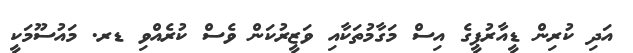
އަދި ކުރިން ޑީއާރުޕީގެ އިސް މަގާމުތަކާއި ވަޒީރުކަން ވެސް ކުރެއްވި ޑރ. މައުސޫމަކީ